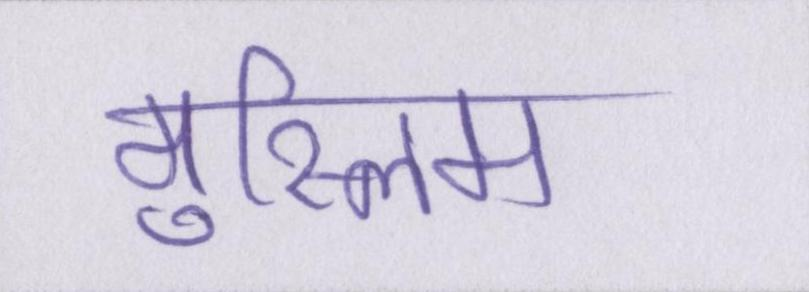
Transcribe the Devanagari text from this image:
मुस्लिम